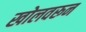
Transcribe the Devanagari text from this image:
खोलवरून